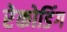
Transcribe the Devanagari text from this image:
रेकोडिंग